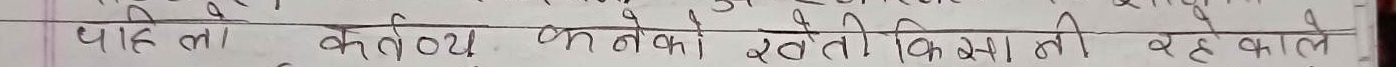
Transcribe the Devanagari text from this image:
पहिला कर्तव्य उन लोगों खेती किया था वह काले